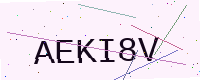
Text: AEKI8V